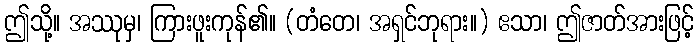
ဤသို့။ အဿုမှ၊ ကြားဖူးကုန်၏။ (တံတေ၊ အရှင်ဘုရား။) ဧသာ၊ ဤဇာတ်အားဖြင့်